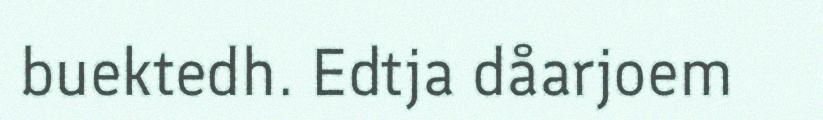
buektedh. Edtja dåarjoem